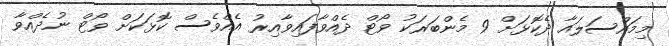
މިމައްސަލައާ ދެކޮޅަށް 9 މެންބަރަކު ވޯޓް ދެއްވާފައިވާއިރު އެއްވެސް ކޮޅަކަށް ވޯޓް ނުދެއްވާ